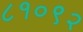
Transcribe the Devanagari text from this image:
८१०९२